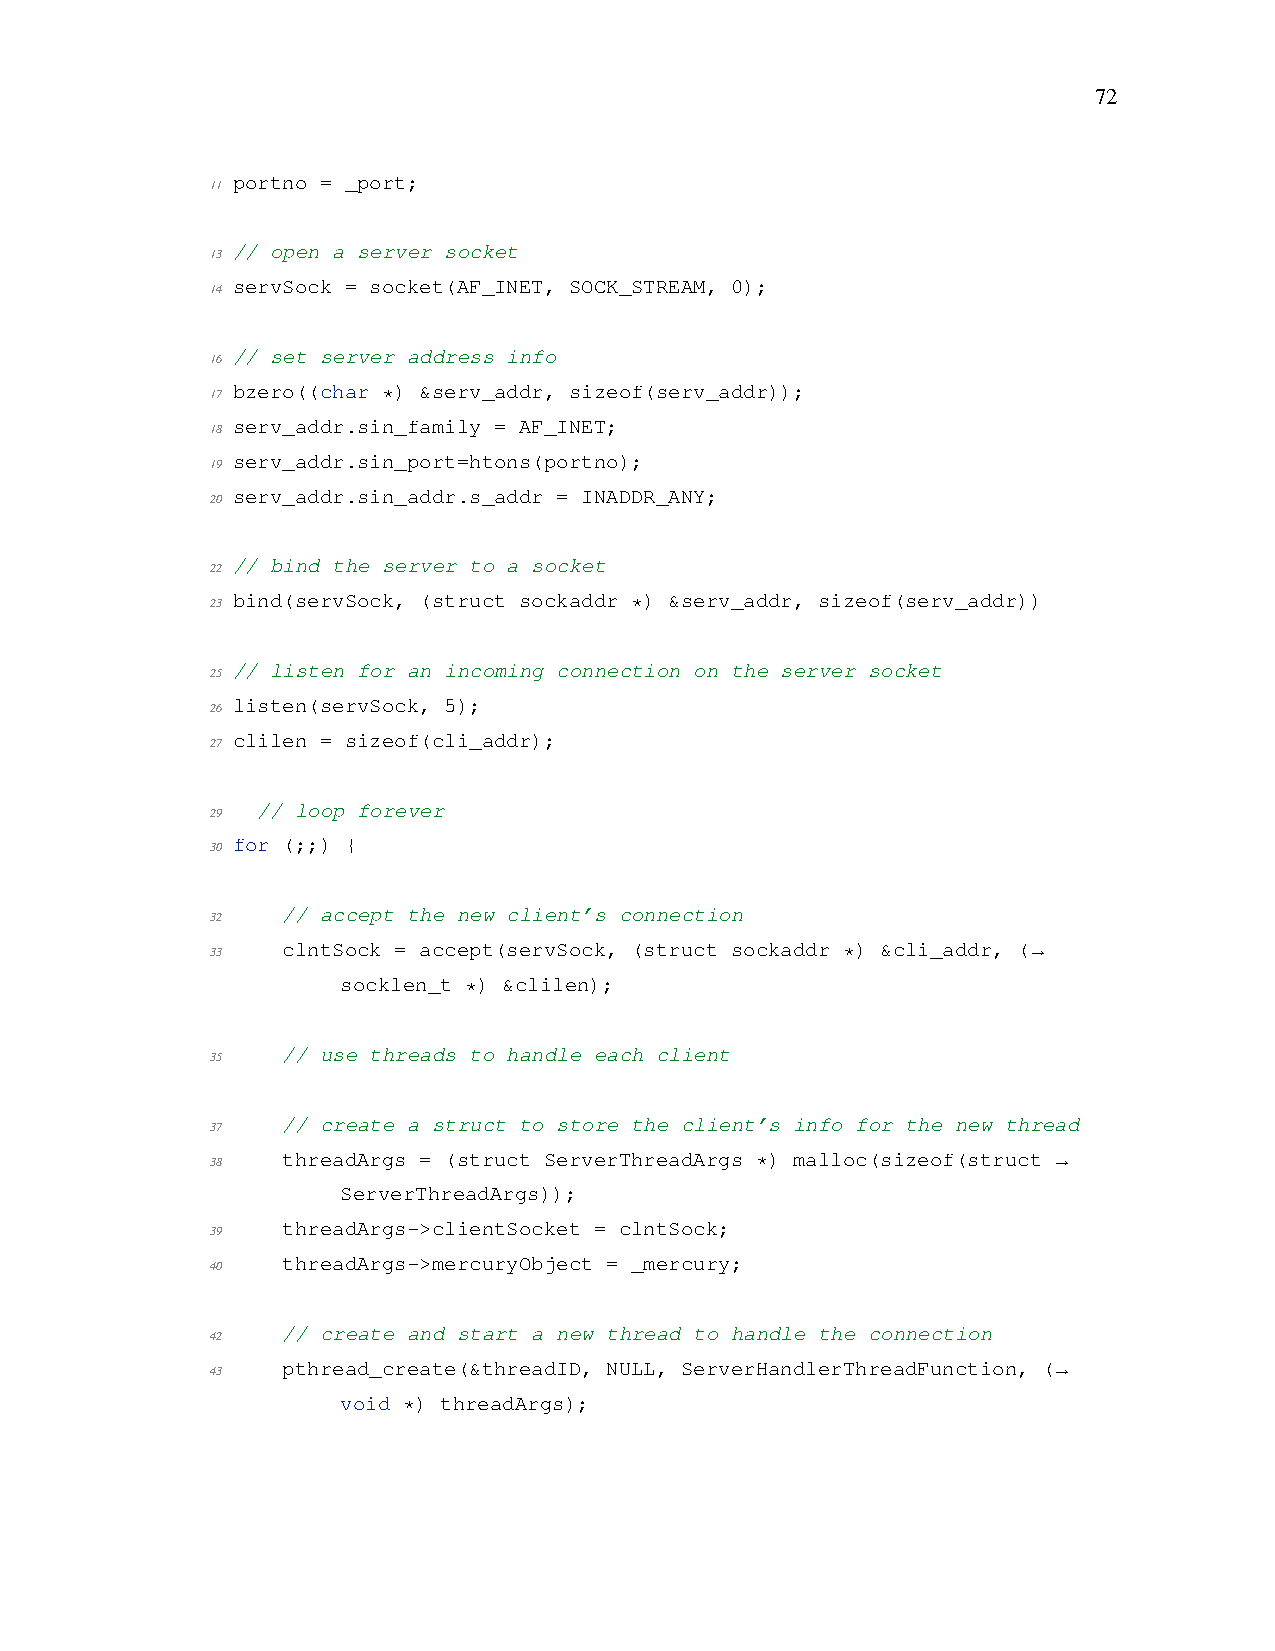
72
 portno = _port;
 11
 // open a server socket
 13
 servSock = socket(AF_INET, SOCK_STREAM, 0);
 14
 // set server address info
 16
 17
 bzero((char *) &serv_addr, sizeof(serv_addr));
 serv_addr.sin_family = AF_INET;
 18
 serv_addr.sin_port=htons(portno);
 19
 serv_addr.sin_addr.s_addr = INADDR_ANY;
 20
 // bind the server to a socket
 22
 23
 bind(servSock, (struct sockaddr *) &serv_addr, sizeof(serv_addr))
 // listen for an incoming connection on the server socket
 25
 listen(servSock, 5);
 26
 clilen = sizeof(cli_addr);
 27
 // loop forever
 29
 for (;;) {
 30
 // accept the new client’s connection
 32
 33
 clntSock = accept(servSock, (struct sockaddr *) &cli_addr, (
 →
 socklen_t *) &clilen);
 // use threads to handle each client
 35
 // create a struct to store the client’s info for the new thread
 37
 38
 threadArgs = (struct ServerThreadArgs *) malloc(sizeof(struct
 →
 ServerThreadArgs));
 threadArgs->clientSocket = clntSock;
 39
 threadArgs->mercuryObject = _mercury;
 40
 // create and start a new thread to handle the connection
 42
 pthread_create(&threadID, NULL, ServerHandlerThreadFunction, (
 43                                                      →
 void *) threadArgs);